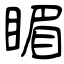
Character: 睸